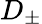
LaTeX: D_{\pm}